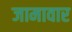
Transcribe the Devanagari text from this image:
जामावार